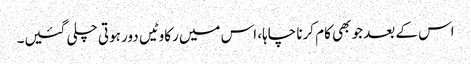
اس کے بعد جو بھی کام کرنا چاہا، اس میں رکاوٹیں دور ہوتی چلی گئیں۔